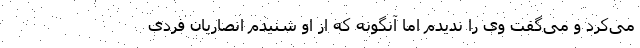
می‌کرد و می‌گفت وی را ندیدم اما آنگونه که از او شنیدم انصاریان فردی